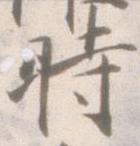
時